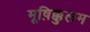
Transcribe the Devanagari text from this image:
मूष़िक्कुलम